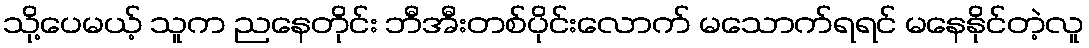
သို့ပေမယ့် သူက ညနေတိုင်း ဘီအီးတစ်ပိုင်းလောက် မသောက်ရရင် မနေနိုင်တဲ့လူ